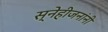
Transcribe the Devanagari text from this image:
स्नेहीजनांनी